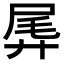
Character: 𫸛